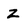
Character: Z